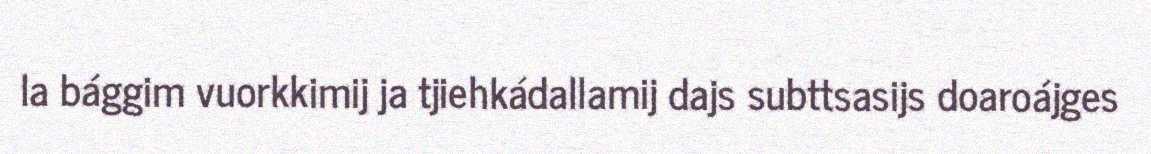
la bággim vuorkkimij ja tjiehkádallamij dajs subttsasijs doaroájges